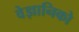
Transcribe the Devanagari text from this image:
वेज्ञानिको